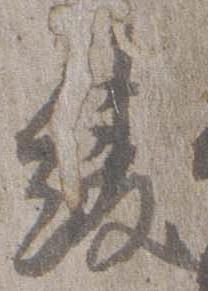
綾